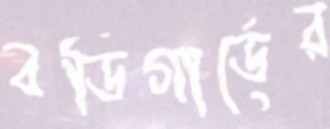
বডিগার্ডের